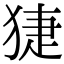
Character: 𤟃